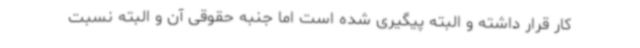
کار قرار داشته و البته پیگیری شده است اما جنبه حقوقی آن و البته نسبت